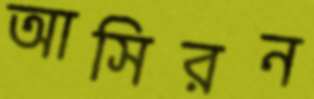
আসিরন